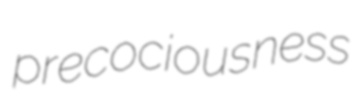
precociousness